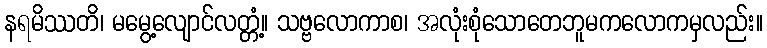
နရမိဿတိ၊ မမွေ့လျောင်လတ္တံ့။ သဗ္ဗလောကာစ၊ အလုံးစုံသောတေဘူမကလောကမှလည်း။